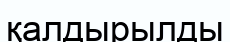
қалдырылды